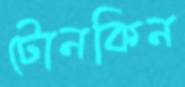
টোনকিন